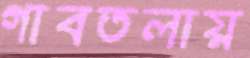
গাবতলায়